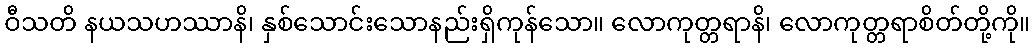
ဝီသတိ နယသဟဿာနိ၊ နှစ်သောင်းသောနည်းရှိကုန်သော။ လောကုတ္တရာနိ၊ လောကုတ္တရာစိတ်တို့ကို။